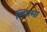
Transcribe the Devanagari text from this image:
स्पित्मा